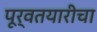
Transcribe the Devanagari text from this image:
पूर्वतयारीचा